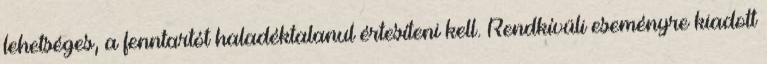
lehetséges, a fenntartót haladéktalanul értesíteni kell. Rendkívüli eseményre kiadott